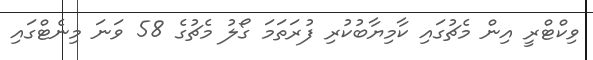
ވިކްޓްރީ އިން މެޗުގައި ކާމިޔާބުކުރި ފުރަތަމަ ގޯލު މެޗުގެ 58 ވަނަ މިނެޓްގައި